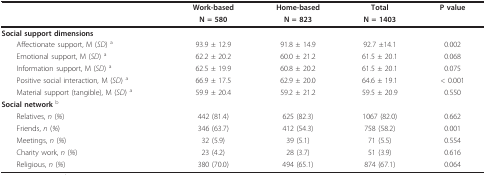
|  | Work-based | Home-based | Total | P value |
 |  | N = 580 | N = 823 | N = 1403 |  |
 | --- | --- | --- | --- | --- |
 | Social support dimensions |  |  |  |  |
 | Affectionate support, M (SD) a | 93.9 ± 12.9 | 91.8 ± 14.9 | 92.7 ±14.1 | 0.002 |
 | Emotional support, M (SD) a | 62.2 ± 20.2 | 60.0 ± 21.2 | 61.5 ± 20.1 | 0.068 |
 | Information support, M (SD) a | 62.5 ± 19.9 | 60.8 ± 20.2 | 61.5 ± 20.1 | 0.075 |
 | Positive social interaction, M (SD) a | 66.9 ± 17.5 | 62.9 ± 20.0 | 64.6 ± 19.1 | < 0.001 |
 | Material support (tangible), M (SD) a | 59.9 ± 20.4 | 59.2 ± 21.2 | 59.5 ± 20.9 | 0.550 |
 | Social network b |  |  |  |  |
 | Relatives, n (%) | 442 (81.4) | 625 (82.3) | 1067 (82.0) | 0.662 |
 | Friends, n (%) | 346 (63.7) | 412 (54.3) | 758 (58.2) | 0.001 |
 | Meetings, n (%) | 32 (5.9) | 39 (5.1) | 71 (5.5) | 0.554 |
 | Charity work, n (%) | 23 (4.2) | 28 (3.7) | 51 (3.9) | 0.616 |
 | Religious, n (%) | 380 (70.0) | 494 (65.1) | 874 (67.1) | 0.064 |